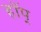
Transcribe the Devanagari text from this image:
हॉप्